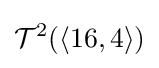
{\mathcal {T}}^{2}(\langle 16,4\rangle )